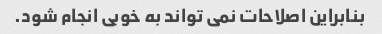
بنابراین اصلاحات نمی تواند به خوبی انجام شود.